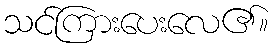
သင်ကြားပေးလေ၏။